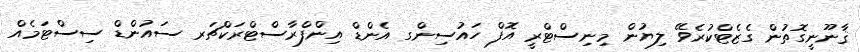
ޤާނޫނީގޮތުން ގެޒެޓްކުރެވޭ ލިޔުން މިނިސްޓްރީ އޮފް ހައުސިންގ އެންޑް އިންފްރާސްޓްރަކްޗަރ ސައުންޑް ސިސްޓަމެއް